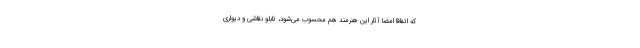
که اتفاقا امضا آثار این هنرمند هم محسوب می‌شود، تابلو نقاشی و دیواری